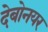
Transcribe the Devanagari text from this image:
देबोनयर